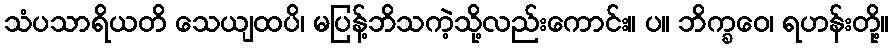
သံပသာရိယတိ သေယျထပိ၊ မပြန့်ဘိသကဲ့သို့လည်းကောင်း။ ပ။ ဘိက္ခဝေ၊ ရဟန်းတို့။